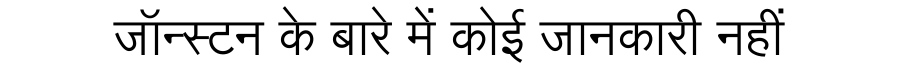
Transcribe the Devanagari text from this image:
जॉन्स्टन के बारे में कोई जानकारी नहीं